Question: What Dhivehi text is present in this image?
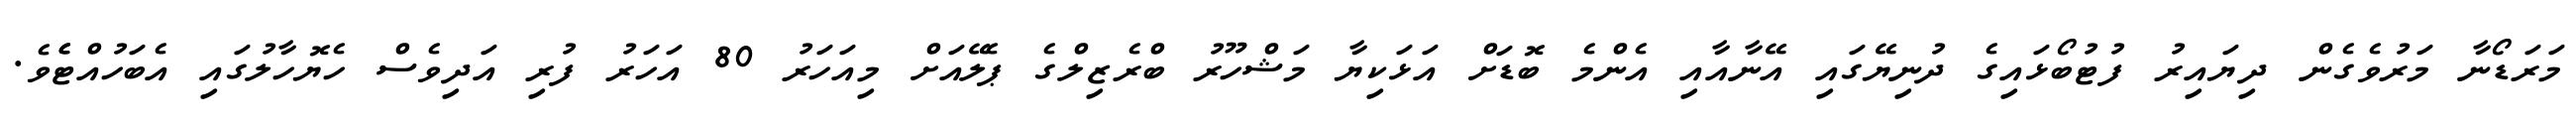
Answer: މަރަޑޯނާ މަރުވެގެން ދިޔައިރު ފުޓުބޯޅައިގެ ދުނިޔޭގައި އޭނާއާއި އެންމެ ބޮޑަށް އަޅަކިޔާ މަޝްހޫރު ބްރެޒިލްގެ ޕެލޭއަށް މިއަހަރު 80 އަހަރު ފުރި އަދިވެސް ހެޔޮހާލުގައި އެބަހުއްޓެެވެ.